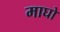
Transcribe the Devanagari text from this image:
माघो